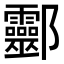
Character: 𨟯